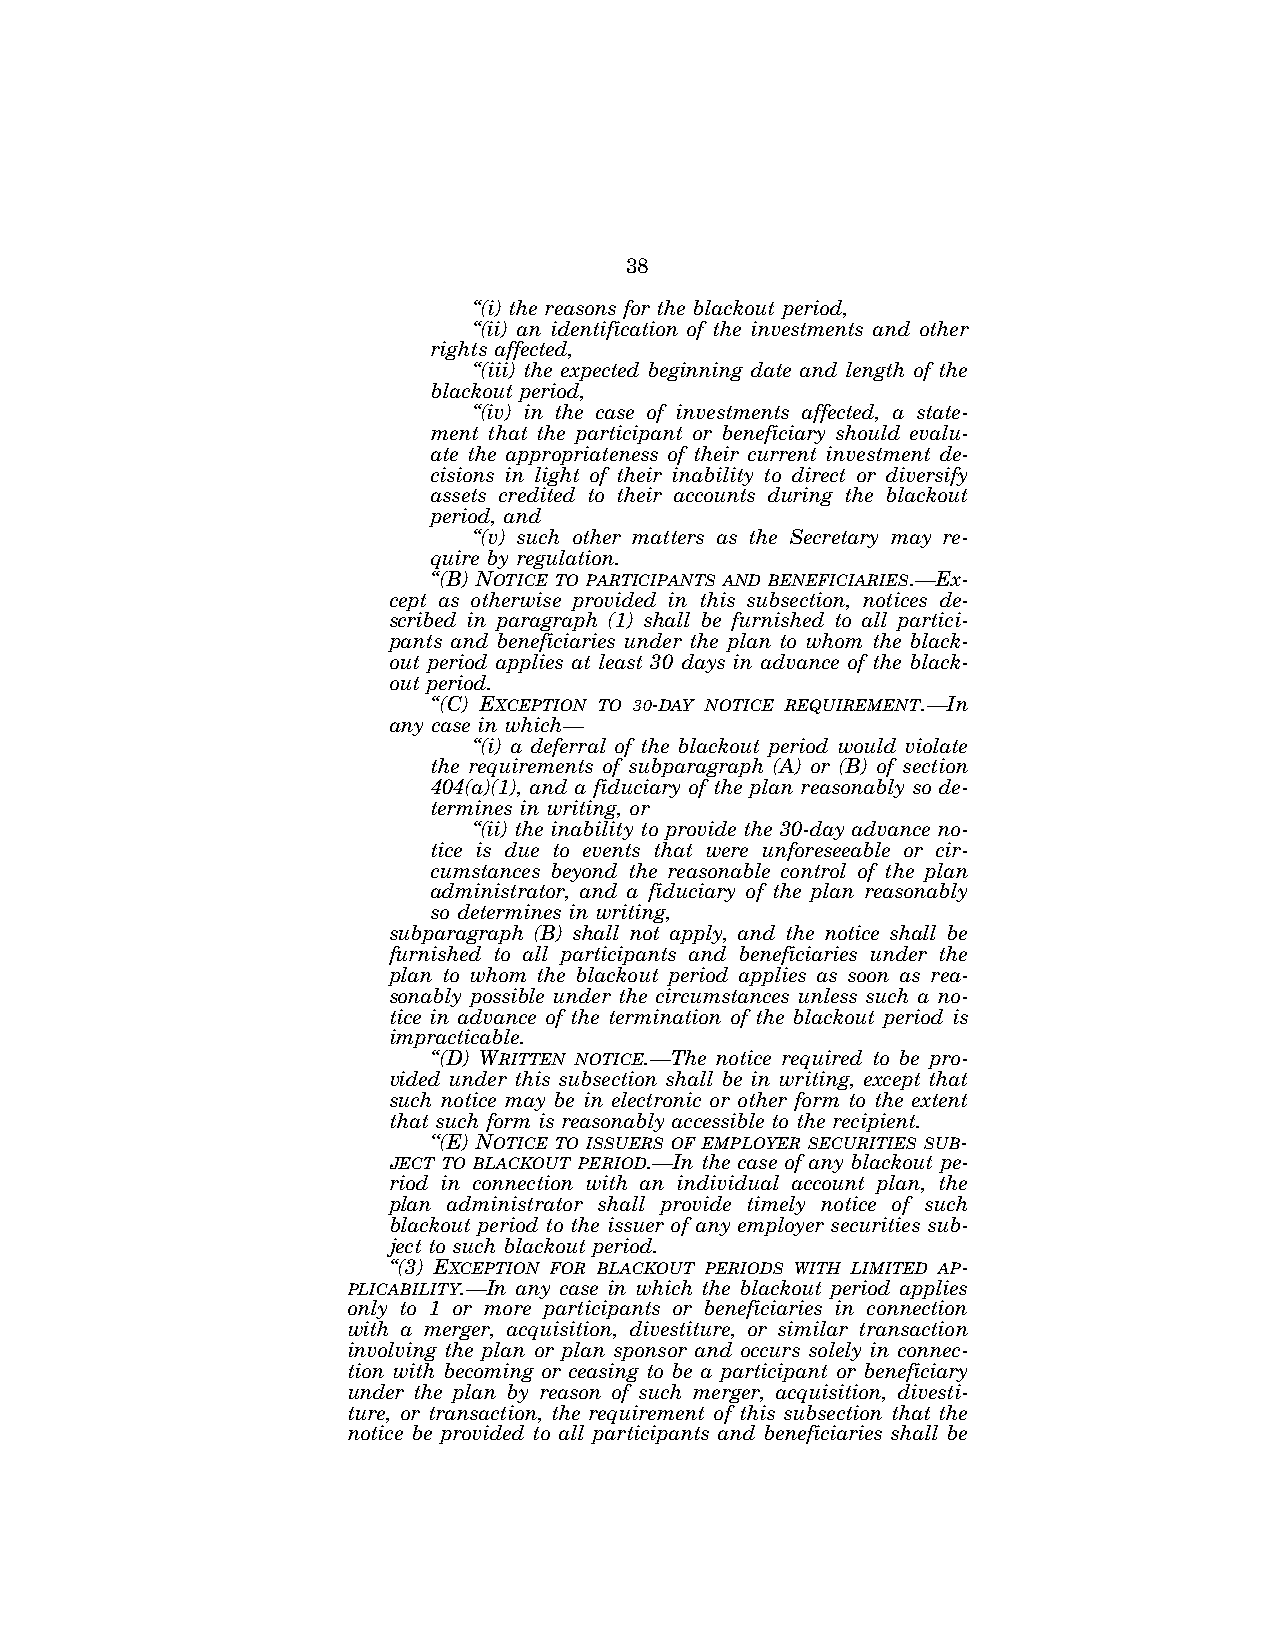
38
 ‘‘(i) the reasons for the blackout period,
 ‘‘(ii) an identification of the investments and other
 rights affected,
 ‘‘(iii) the expected beginning date and length of the
 blackout period,
 ‘‘(iv) in the case of investments affected, a state-
 ment that the participant or beneficiary should evalu-
 ate the appropriateness of their current investment de-
 cisions in light of their inability to direct or diversify
 assets credited to their accounts during the blackout
 period, and
 ‘‘(v) such other matters as the Secretary may re-
 quire by regulation.
 ‘‘(B) NOTICE TO PARTICIPANTS AND BENEFICIARIES.—Ex-
 cept as otherwise provided in this subsection, notices de-
 scribed in paragraph (1) shall be furnished to all partici-
 pants and beneficiaries under the plan to whom the black-
 out period applies at least 30 days in advance of the black-
 out period.
 ‘‘(C) EXCEPTION TO 30-DAY NOTICE REQUIREMENT.—In
 any case in which—
 ‘‘(i) a deferral of the blackout period would violate
 the requirements of subparagraph (A) or (B) of section
 404(a)(1), and a fiduciary of the plan reasonably so de-
 termines in writing, or
 ‘‘(ii) the inability to provide the 30-day advance no-
 tice is due to events that were unforeseeable or cir-
 cumstances beyond the reasonable control of the plan
 administrator, and a fiduciary of the plan reasonably
 so determines in writing,
 subparagraph (B) shall not apply, and the notice shall be
 furnished to all participants and beneficiaries under the
 plan to whom the blackout period applies as soon as rea-
 sonably possible under the circumstances unless such a no-
 tice in advance of the termination of the blackout period is
 impracticable.
 ‘‘(D) WRITTEN NOTICE.—The notice required to be pro-
 vided under this subsection shall be in writing, except that
 such notice may be in electronic or other form to the extent
 that such form is reasonably accessible to the recipient.
 ‘‘(E) NOTICE TO ISSUERS OF EMPLOYER SECURITIES SUB-
 JECT TO BLACKOUT PERIOD.—In the case of any blackout pe-
 riod in connection with an individual account plan, the
 plan administrator shall provide timely notice of such
 blackout period to the issuer of any employer securities sub-
 ject to such blackout period.
 ‘‘(3) EXCEPTION FOR BLACKOUT PERIODS WITH LIMITED AP-
 PLICABILITY.—In any case in which the blackout period applies
 only to 1 or more participants or beneficiaries in connection
 with a merger, acquisition, divestiture, or similar transaction
 involving the plan or plan sponsor and occurs solely in connec-
 tion with becoming or ceasing to be a participant or beneficiary
 under the plan by reason of such merger, acquisition, divesti-
 ture, or transaction, the requirement of this subsection that the
 notice be provided to all participants and beneficiaries shall be
 VerDate Jul 19 2002 16:35 Jul 25, 2002 Jkt 080361 PO 00000 Frm 00038 Fmt 6659 Sfmt 6603 E:\HR\OC\HR610.XXX pfrm15 PsN: HR610